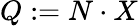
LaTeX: Q:=N\cdot X